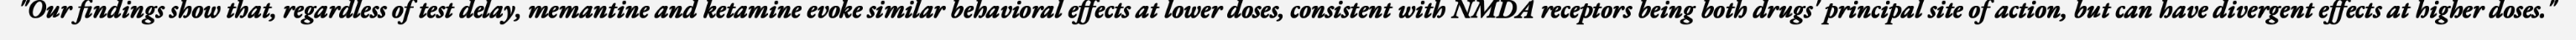
"Our findings show that, regardless of test delay, memantine and ketamine evoke similar behavioral effects at lower doses, consistent with NMDA receptors being both drugs' principal site of action, but can have divergent effects at higher doses."